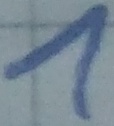
Text: 1